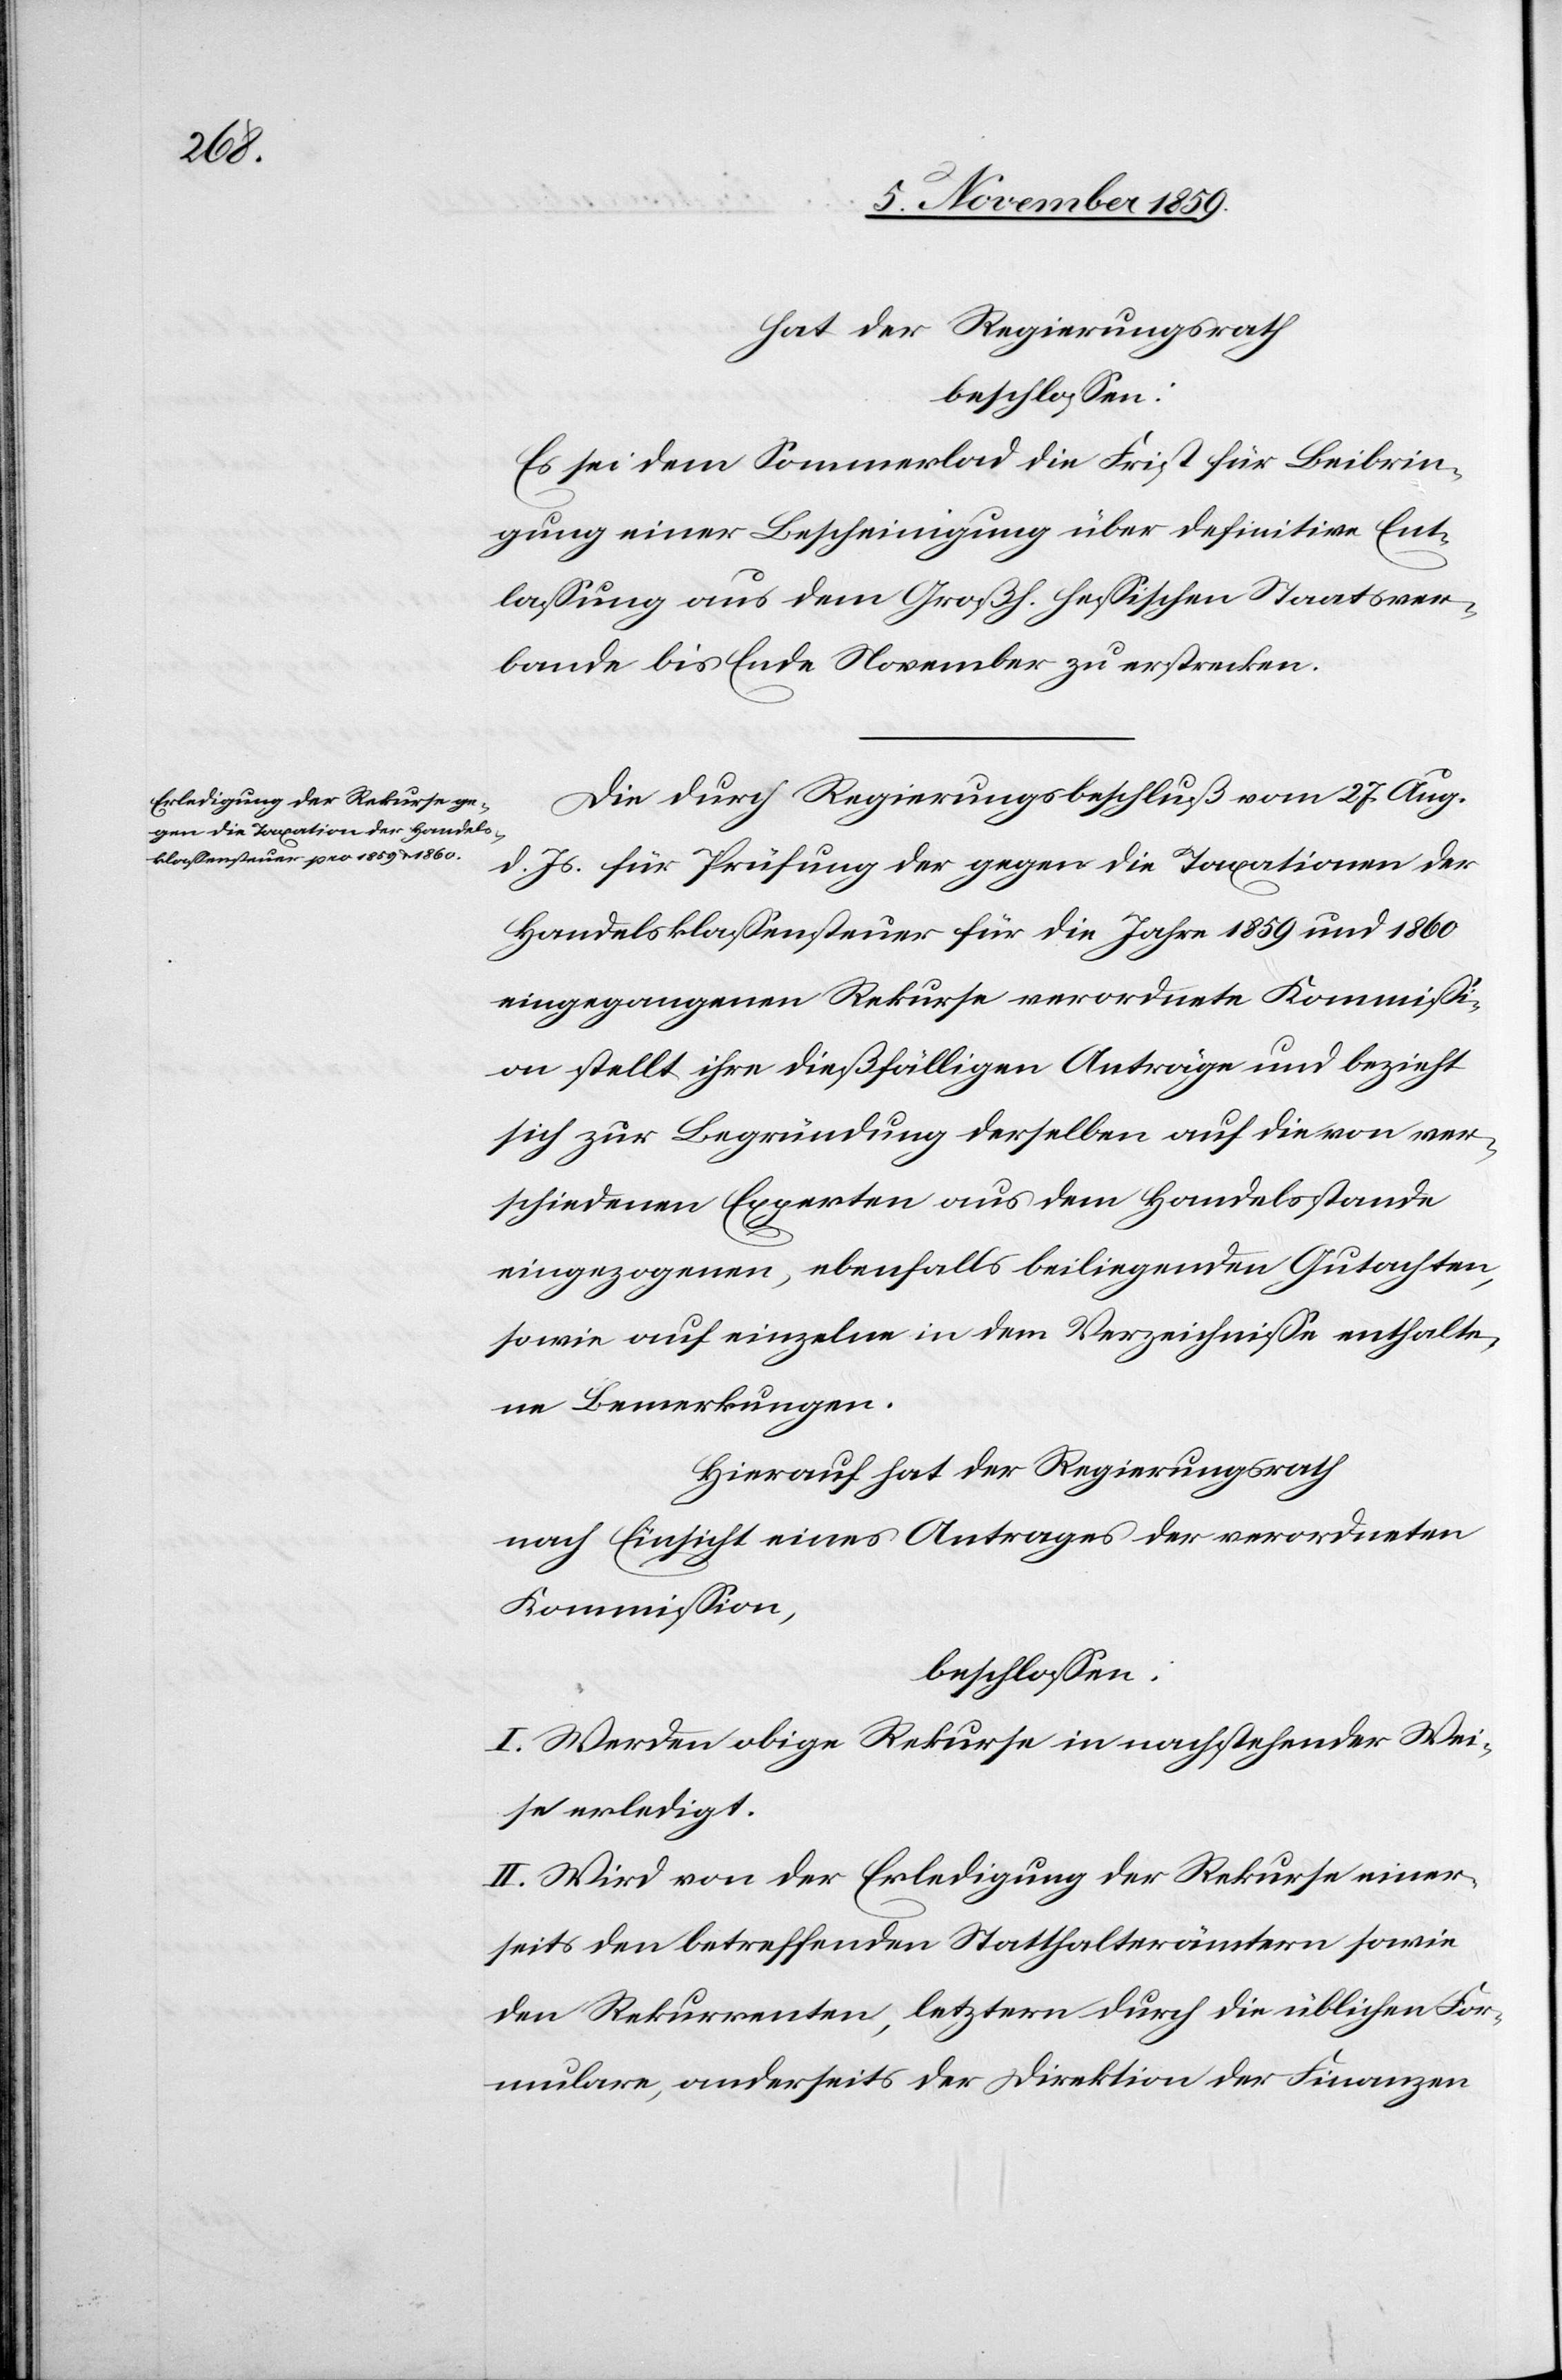
hat der Regierungsrath
beschlossen:
Es sei dem Sommerlad die Frist für Beibrin¬
gung einer Bescheinigung über definitive Ent¬
lassung aus dem Großh. hessischen Staatsver¬
bande bis Ende November zu erstrecken.
Die durch Regierungsrathsbeschluß vom 27. Aug.
d. Js. für Prüfung der gegen die Taxationen der
Handelsklassensteuer für die Jahre 1859 und 1860
eingegangenen Rekurse verordnete Kommissi¬
on stellt ihre dießfälligen Anträge und bezieht
sich zur Begründung derselben auf die von ver¬
schiedenen Experten aus dem Handelsstande
eingegangenen, ebenfalls beiliegenden Gutachten,
sowie auf einzelne in dem Verzeichnisse enthalte¬
ne Bemerkungen.
Hierauf hat der Regierungsrath
nach Einsicht eines Antrages der verordneten
Kommission,
beschlossen:
I. Werden obige Rekurse in nachstehender Wei¬
se erledigt.
II. Wird von der Erledigung der Rekurse einer¬
seits den betreffenden Statthalterämtern sowie
den Rekurrenten, letztern durch die üblichen For¬
mulare, andererseits der Direktion der Finanzen